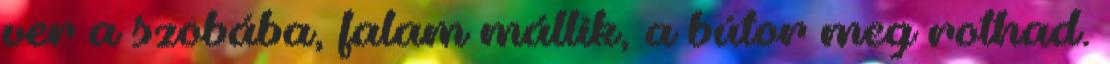
ver a szobába, falam mállik, a bútor meg rothad.